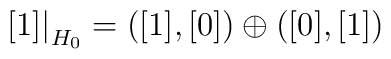
[1]\bigr|_{H_0} = ([1],[0]) \oplus ([0],[1])